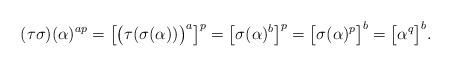
LaTeX: \begin{align*}(\tau\sigma)(\alpha)^{ap}= \big[\big(\tau(\sigma(\alpha))\big)^{a}\big]^{p}= \big[\sigma(\alpha)^{b}\big]^{p}= \big[\sigma(\alpha)^{p}\big]^{b}= \big[\alpha^{q}\big]^{b}.\end{align*}